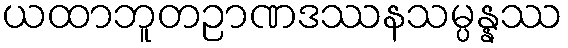
ယထာဘူတဉာဏဒဿနသမ္ပန္နဿ